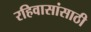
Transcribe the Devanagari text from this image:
रहिवासांसाठी